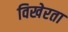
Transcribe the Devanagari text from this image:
विखेरता